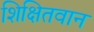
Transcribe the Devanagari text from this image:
शिक्षितवान